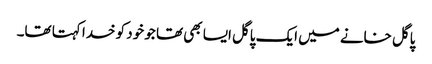
پاگل خانے میں ایک پاگل ایسا بھی تھا جو خود کو خدا کہتا تھا۔